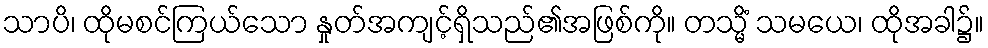
သာပိ၊ ထိုမစင်ကြယ်သော နှုတ်အကျင့်ရှိသည်၏အဖြစ်ကို။ တသ္မိံ သမယေ၊ ထိုအခါ၌။